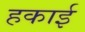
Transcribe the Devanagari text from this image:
हकाई